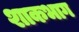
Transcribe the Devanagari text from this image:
शाकभाग